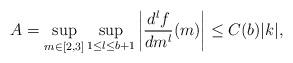
LaTeX: \begin{align*}A=\sup_{m\in[2,3]}\sup_{1\leq l\leq b+1}\left|\frac{d^lf}{d m^l}(m)\right|\leq C(b)|k|,\end{align*}